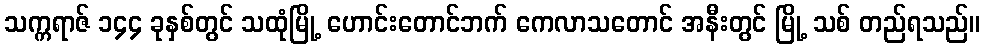
သက္ကရာဇ် ၁၄၄ ခုနှစ်တွင် သထုံမြို့ ဟောင်းတောင်ဘက် ကေလာသတောင် အနီးတွင် မြို့ သစ် တည်ရသည်။